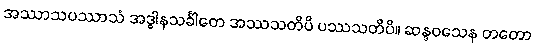
အဿာသပဿာသံ အဒ္ဓါနသင်္ခါတေ အဿသတိပိ ပဿသတိပိ။ ဆန္ဒဝသေန တတော